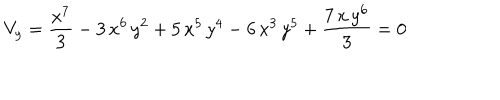
V _ { y } = { \frac { { x ^ { 7 } } } { 3 } } - 3 \, { x ^ { 6 } } \, { y ^ { 2 } } + 5 \, { x ^ { 5 } } \, { y ^ { 4 } } - 6 \, { x ^ { 3 } } \, { y ^ { 5 } } + { \frac { 7 \, x \, { y ^ { 6 } } } { 3 } } = 0